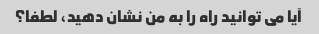
آیا می توانید راه را به من نشان دهید، لطفا؟